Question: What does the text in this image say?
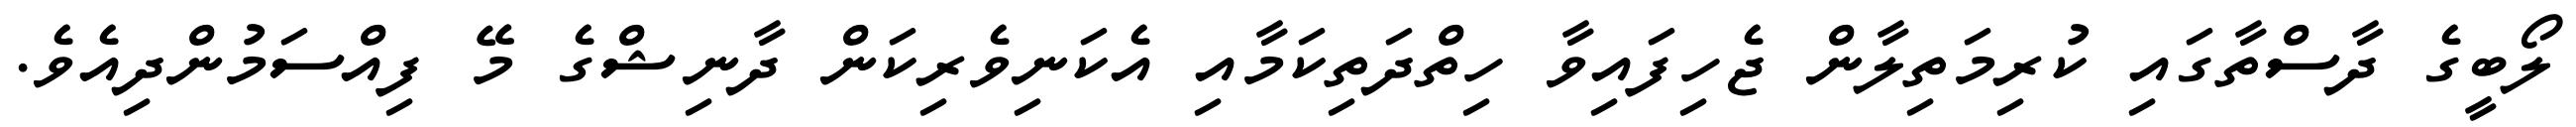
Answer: ލޯބީގެ ދާސްތާގައި ކުރިމަތިލާން ޖެހިފައިވާ ހިތްދަތިކަމާއި އެކަނިވެރިކަން ދާނިޝްގެ މޭ ފިއްސަމުންދިއެވެ.